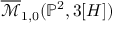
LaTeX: { \overline { { \mathcal { M } } } } _ { 1 , 0 } ( \mathbb { P } ^ { 2 } , 3 [ H ] )